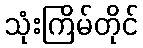
သုံးကြိမ်တိုင်